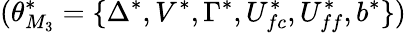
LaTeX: (\theta_{M_{3}}^{*}=\{ \Delta^{*},V^{*},\Gamma^{*},U_{fc}^{*},U_{ff}^{*},b^{*}\} )